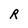
Character: R